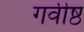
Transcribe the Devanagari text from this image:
गर्वीष्ठ